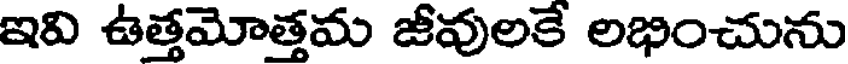
ఇవి ఉత్తమోత్తమ జీవులకే లభించును